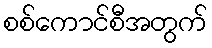
စစ်ကောင်စီအတွက်